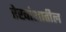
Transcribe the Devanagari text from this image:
रेखांशातील